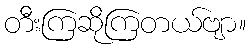
တီးကြဆိုကြတယ်ဗျာ။